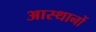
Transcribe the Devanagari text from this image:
आस्थानों